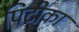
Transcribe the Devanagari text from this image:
पिटीका